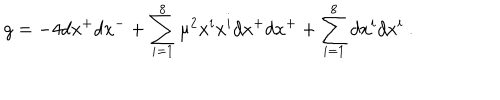
g = - 4 d x ^ { + } d x ^ { - } + \sum _ { i = 1 } ^ { 8 } \mu ^ { 2 } x ^ { i } x ^ { i } d x ^ { + } d x ^ { + } + \sum _ { i = 1 } ^ { 8 } d x ^ { i } d x ^ { i } ~ .